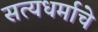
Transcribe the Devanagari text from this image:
सत्यधर्माचे